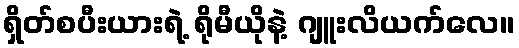
ရှိတ်စပီးယားရဲ့ ရိုမီယိုနဲ့ ဂျူးလိယက်လေ။